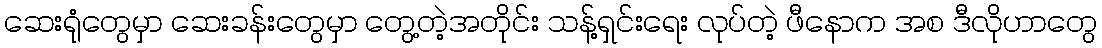
ဆေးရုံတွေမှာ ဆေးခန်းတွေမှာ တွေ့တဲ့အတိုင်း သန့်ရှင်းရေး လုပ်တဲ့ ဖီနောက အစ ဒီလိုဟာတွေ